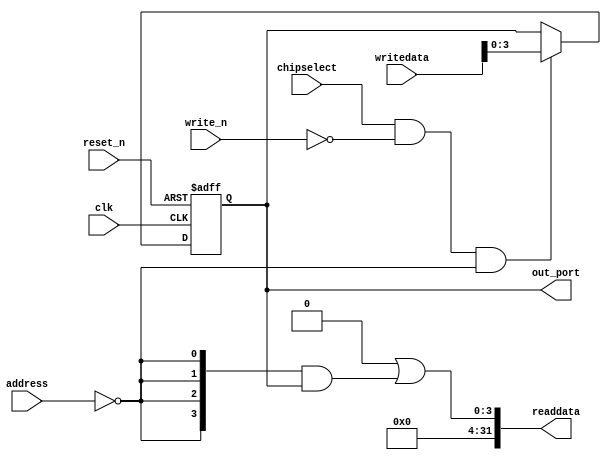
module wasca_leds (
                     address,
                     chipselect,
                     clk,
                     reset_n,
                     write_n,
                     writedata,
                     out_port,
                     readdata
                  )
;
  output  [  3: 0] out_port;
  output  [ 31: 0] readdata;
  input   [  1: 0] address;
  input            chipselect;
  input            clk;
  input            reset_n;
  input            write_n;
  input   [ 31: 0] writedata;
  wire             clk_en;
  reg     [  3: 0] data_out;
  wire    [  3: 0] out_port;
  wire    [  3: 0] read_mux_out;
  wire    [ 31: 0] readdata;
  assign clk_en = 1;
  assign read_mux_out = {4 {(address == 0)}} & data_out;
  always @(posedge clk or negedge reset_n)
    begin
      if (reset_n == 0)
          data_out <= 0;
      else if (chipselect && ~write_n && (address == 0))
          data_out <= writedata[3 : 0];
    end
  assign readdata = {32'b0 | read_mux_out};
  assign out_port = data_out;
endmodule